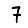
Digit: 7